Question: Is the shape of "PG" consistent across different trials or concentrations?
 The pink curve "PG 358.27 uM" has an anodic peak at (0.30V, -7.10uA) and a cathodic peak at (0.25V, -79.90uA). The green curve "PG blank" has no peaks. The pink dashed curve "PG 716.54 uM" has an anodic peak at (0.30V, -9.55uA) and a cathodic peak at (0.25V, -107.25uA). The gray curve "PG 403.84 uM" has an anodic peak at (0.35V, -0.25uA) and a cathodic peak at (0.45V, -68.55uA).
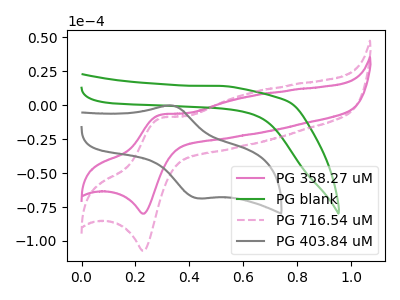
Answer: <think>"PG 358.27 uM" and "PG blank" have a different number of peaks. All the peaks in "PG 358.27 uM" have a peak in "PG 716.54 uM" at the same potential. "PG 358.27 uM" and "PG 403.84 uM" have at least one peak that do not match. "PG blank" and "PG 716.54 uM" have a different number of peaks. "PG blank" and "PG 403.84 uM" have a different number of peaks. "PG 716.54 uM" and "PG 403.84 uM" have at least one peak that do not match.
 </think>
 <answer>All the CV's of "PG" have similar shape.</answer>
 <eval>follow_rule</eval>